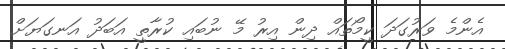
އެންމެ ވަރުގަދަ ކީމޯތައް ދިން އިރު މޭ ނުބައި ކުރާތީ އަބަދު އަނގަޔަށް